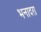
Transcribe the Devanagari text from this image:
भनादरा